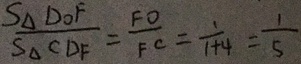
\frac { S _ { \Delta } D O F } { S _ { \Delta } C D E } = \frac { F O } { F C } = \frac { 1 } { 1 + 4 } = \frac { 1 } { 5 }